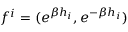
f ^ { i } = ( e ^ { \beta h _ { i } } , e ^ { - \beta h _ { i } } )